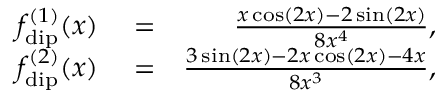
\begin{array} { r l r } { f _ { \mathrm { d i p } } ^ { ( 1 ) } ( x ) } & { { } = } & { \frac { x \cos \left( 2 x \right) - 2 \sin \left( 2 x \right) } { 8 x ^ { 4 } } , } \\ { f _ { \mathrm { d i p } } ^ { ( 2 ) } ( x ) } & { { } = } & { \frac { 3 \sin \left( 2 x \right) - 2 x \cos \left( 2 x \right) - 4 x } { 8 x ^ { 3 } } , } \end{array}